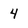
Character: 4